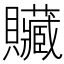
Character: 贜